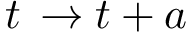
t \, \rightarrow t + a